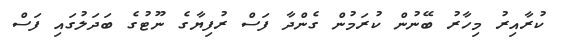
ކުރާއިރު މިހާރު ބޭނުން ކުރަމުން ގެންދާ ފަސް ރުފިޔާގެ ނޫޓުގެ ބަދަލުގައި ފަސް